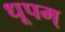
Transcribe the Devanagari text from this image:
धूपम्‌